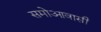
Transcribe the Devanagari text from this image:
समोआवासी